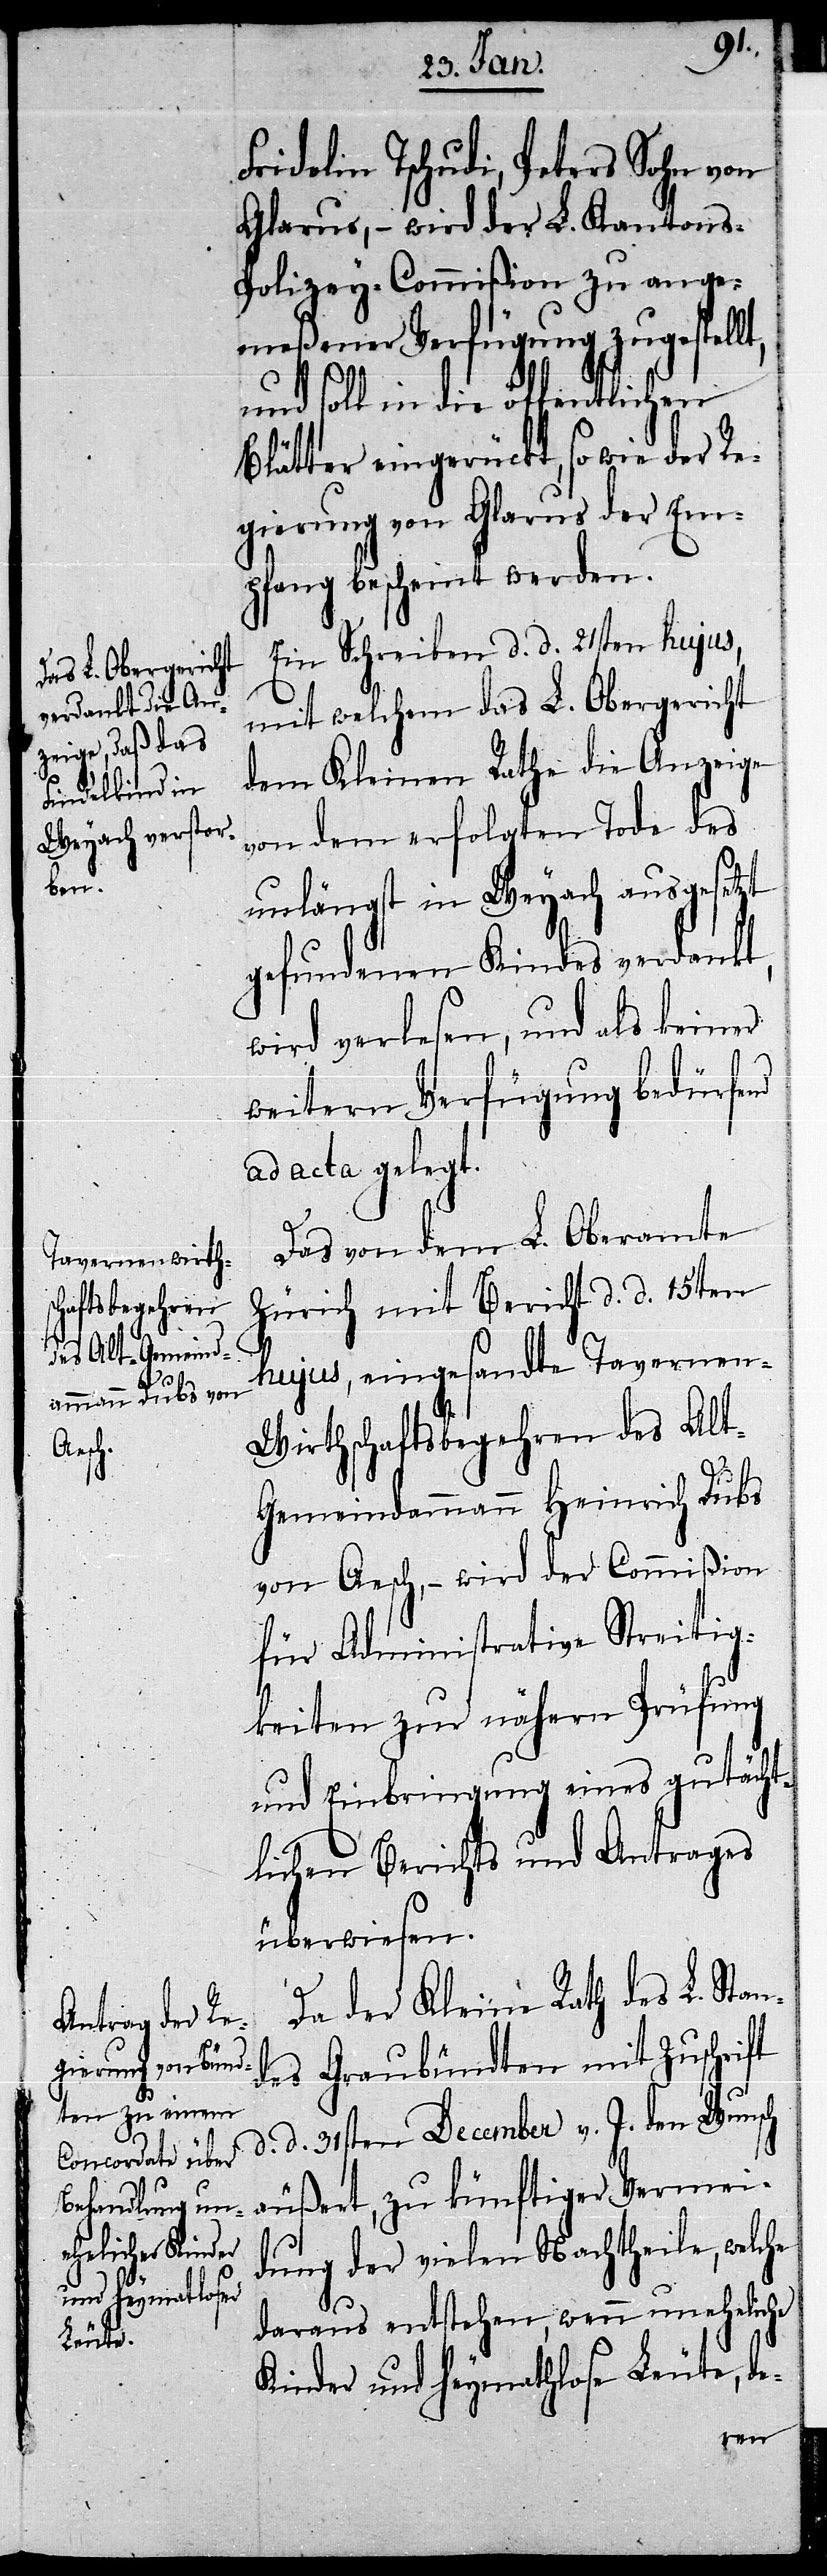
Fridolin Tschudi, Peters Sohn von
Glarus, – wird der L. Kantons-P¬
olizey-Commißion zu ange¬
meßener Verfügung zugestell¬
und soll in die öffentlichen
Blätter eingerückt, so wie der Re¬
gierung von Glarus der Em¬
pfang bescheint werden.
Ein Schreiben d. d. 21sten hujus,
mit welchem das L. Obergericht
dem Kleinen Rathe die Anzeige
von dem erfolgten Tode des
unlängst in Weyach ausgesetzt
gefundenen Kindes verdankt,
wird verlesen, und als keiner
weitern Verfügung bedürfend
ad acta gelegt.
Das von dem L. Oberamte
Zürich mit Bericht d. d. 15ten
t,
hujus, eingesandte Tavernen-W¬
irthschaftsbegehren des Al¬
t-Gemeindammann Heinrich Dubs
von Aesch, – wird der Commißion
für Administrative Streitig¬
keiten zur nähern Prüfung
und Einbringung eines gutächt¬
lichen Berichts und Antrages
überwiesen.
Da der Kleine Rath des L. Stan¬
des Graubündten mit Zuschrift
d. 31sten December v. J. den Wunsch
äußert, zu künftiger Vermei¬
dung der vielen Nachtheile, welche
daraus entstehen, wenn uneheliche
Kinder und heymathlose Leute, de-